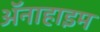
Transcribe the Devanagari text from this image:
ॲनाहाइम